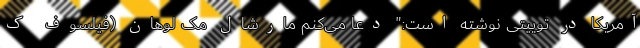
آمریکا در توییتی نوشته است:" دعا می‌کنم مارشال مک لوهان (فیلسوف ک